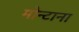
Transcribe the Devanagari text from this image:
मोन्‍टाना